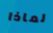
لماذا